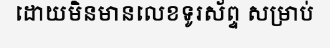
ដោយមិនមានលេខទូរស័ព្ទ សម្រាប់